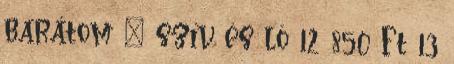
barátom – szív és ló 12 850 Ft 13